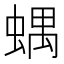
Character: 𧍪